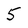
Character: 5